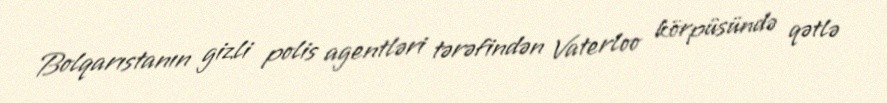
Bolqarıstanın gizli polis agentləri tərəfindən Vaterloo körpüsündə qətlə